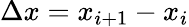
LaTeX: \Delta x=x_{i+1}-x_{i}